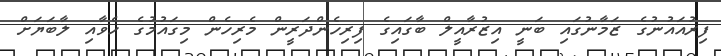
ފިރުއައުނުގެ ޒަމާނުގައި ބަނީ އިޒުރާއީލް ބާގައިގެ ފިރިހެންދަރީން މެރިހެން މިގައުމުގެ ހެވާއި ލާބަޔަށް